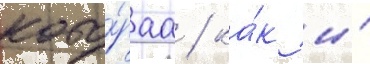
кото́раа / ка́к и́